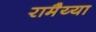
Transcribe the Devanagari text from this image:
रामैय्या